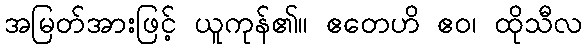
အမြတ်အားဖြင့် ယူကုန်၏။ ဧတေဟိ ဧဝ၊ ထိုသီလ